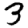
Digit: 3